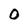
Character: 0